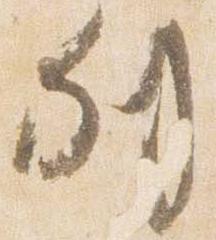
列